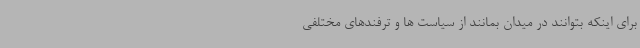
برای اینکه بتوانند در میدان بمانند از سیاست ها و ترفندهای مختلفی